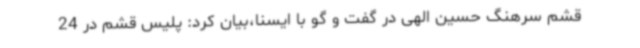
قشم سرهنگ حسین الهی در گفت و گو با ایسنا،بیان کرد: پلیس قشم در 24